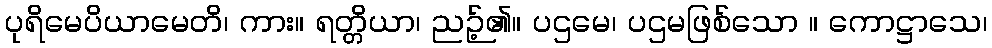
ပုရိမေပိယာမေတိ၊ ကား။ ရတ္တိယာ၊ ညဉ့်၏။ ပဌမေ၊ ပဌမဖြစ်သော ။ ကောဋ္ဌာသေ၊